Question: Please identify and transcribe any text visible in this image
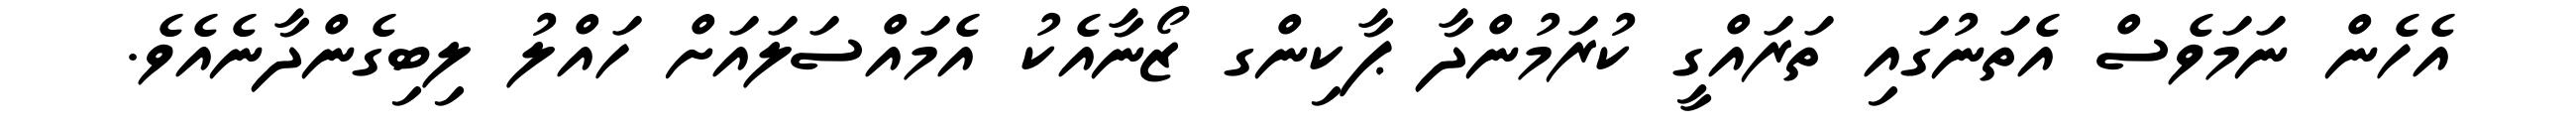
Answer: އެހެން ނަމަވެސް އެތަނުގައި ތަރައްގީ ކުރަމުންދާ ޕާކިންގ ޒޯނާއެކު އެމައްސަލައަށް ހައްލު ލިބިގެންދާނެއެވެ.